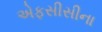
એફસીસીના